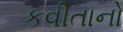
કવીતાનો